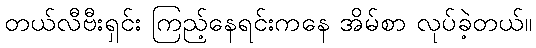
တယ်လီဗီးရှင်း ကြည့်နေရင်းကနေ အိမ်စာ လုပ်ခဲ့တယ်။